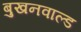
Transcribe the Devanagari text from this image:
बुखनवाल्ड